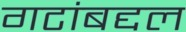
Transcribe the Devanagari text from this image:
गटांबद्दल